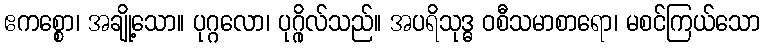
ဧကစ္စော၊ အချို့သော။ ပုဂ္ဂလော၊ ပုဂ္ဂိုလ်သည်။ အပရိသုဒ္ဓ ဝစီသမာစာရော၊ မစင်ကြယ်သော